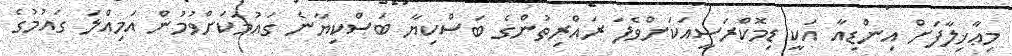
މިޢާޚިލާފަށް އިންޑިއާ އަކީ ޑިމޮކްރަސީއަކަށްވެފަ ރައްރިތުންގެ ބަސްކިޔާ ބަސްކިޔާނެ ގައުމަކަށްވުމުން އަމިއްލަ ގައުމުގެ